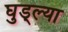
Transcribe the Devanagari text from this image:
घुड्ल्या